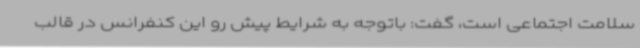
سلامت اجتماعی است، گفت: باتوجه به شرایط پیش رو این کنفرانس در قالب